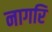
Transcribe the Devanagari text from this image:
नागरि